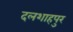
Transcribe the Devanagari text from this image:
दलशाहपुर